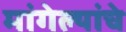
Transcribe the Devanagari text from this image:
मांगेल्यांचे